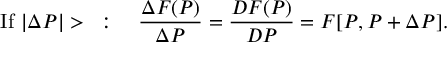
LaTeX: { \mathrm { I f ~ } } | \Delta P | > { \mathit { \iota } } : \quad { \frac { \Delta F ( P ) } { \Delta P } } = { \frac { D F ( P ) } { D P } } = F [ P , P + \Delta P ] . \,